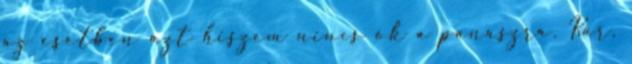
az esetben azt hiszem nincs ok a panaszra. Kár,